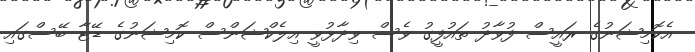
އެކޮމިޝަނުގެ ރައީސް ފުވާދު ތައުފީގު ވެސް ވިދާޅުވީ އިލެކްޝަންސް ކޮމިޝަނުގެ ޑޭޓާ ބޭސްގައި